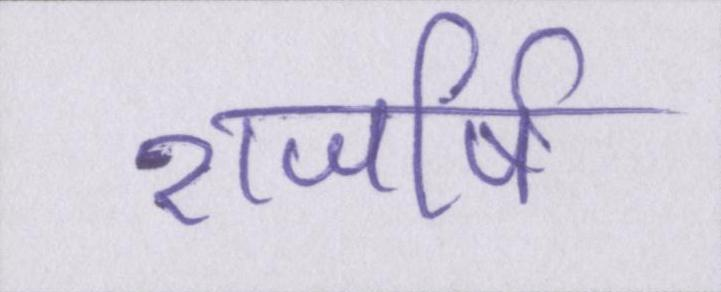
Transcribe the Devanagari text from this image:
राजर्षि